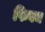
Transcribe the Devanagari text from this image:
फिबम